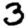
Digit: 3